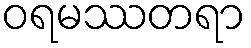
ဝရမဿတရာ